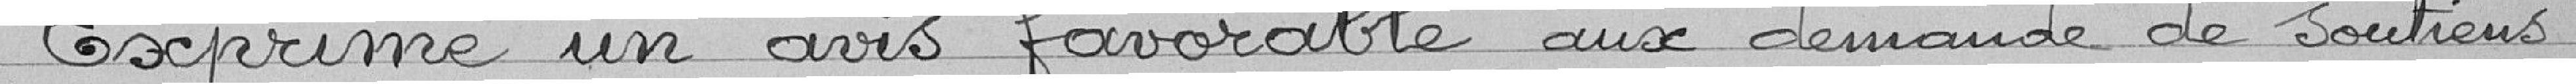
Exprime un avis favorable aux demandes de soutiens